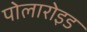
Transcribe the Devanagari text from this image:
पोलारोइड